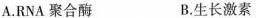
A.RNA聚合酶 B.生长激素